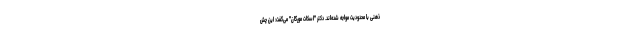
ذهنی با محدودیت مواجه شده‌اند. دکتر "اسکات مورگان" می‌گفت: این چش